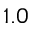
1 . 0